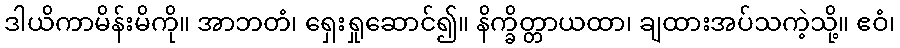
ဒါယိကာမိန်းမိကို။ အာဘတံ၊ ရှေးရှုဆောင်၍။ နိက္ခိတ္တာယထာ၊ ချထားအပ်သကဲ့သို့။ ဧဝံ၊